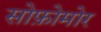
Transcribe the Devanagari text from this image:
सोफ़ोमोर